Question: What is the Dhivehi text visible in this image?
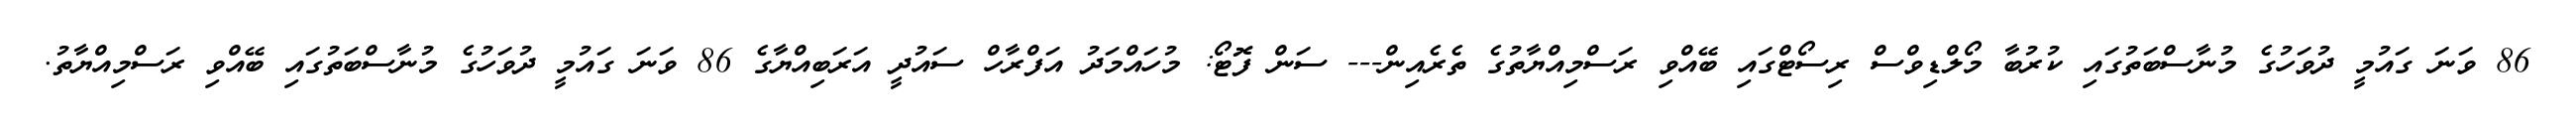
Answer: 86 ވަނަ ގައުމީ ދުވަހުގެ މުނާސްބަތުގައި ކުރުބާ މޯލްޑިވްސް ރިސޯޓްގައި ބޭއްވި ރަސްމިއްޔާތުގެ ތެރެއިން--- ސަން ފޮޓޯ: މުހައްމަދު އަފްރާހް ސައުދީ އަރަބިއްޔާގެ 86 ވަނަ ގައުމީ ދުވަހުގެ މުނާސްބަތުގައި ބޭއްވި ރަސްމިއްޔާތު.